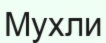
Мухли